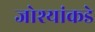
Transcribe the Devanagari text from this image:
जोश्यांकडे